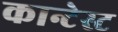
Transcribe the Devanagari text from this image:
कान्टेस्ट